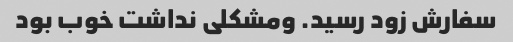
سفارش زود رسید. ومشکلی نداشت خوب بود